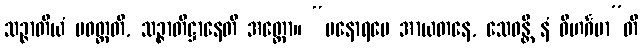
သဉ္ဇာတိယံ ပဝတ္တတိ, သဉ္ဇာတိဋ္ဌာနေတိ အတ္ထော။ “မနောရမေ အာယတနေ, သေဝန္တိ နံ ဝိဟင်္ဂမာ”တိ